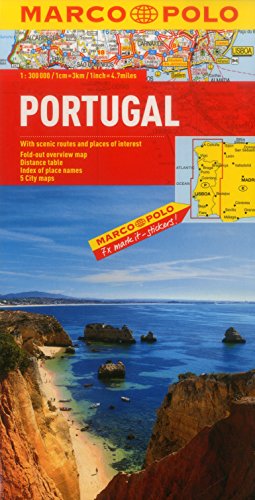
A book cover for Portugal Marco Polo Map (Marco Polo Maps); Marco Polo Travel; Travel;